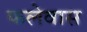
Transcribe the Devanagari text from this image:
फलेवास